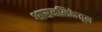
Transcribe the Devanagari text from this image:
श्वासनलिकेतून